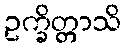
ဥက္ခိတ္တာသိ